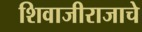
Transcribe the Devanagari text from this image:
शिवाजीराजाचे